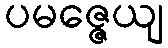
ပမဇ္ဇေယျ